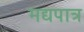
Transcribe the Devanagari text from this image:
मद्यपात्र